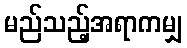
မည်သည့်အရာကမျှ